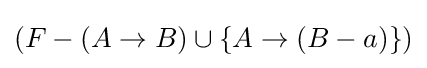
(F-(A\rightarrow B)\cup \{A\rightarrow (B-a)\})